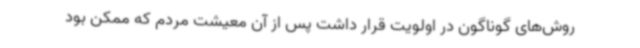
روش‌های گوناگون در اولویت قرار داشت پس از آن معیشت مردم که ممکن بود